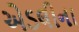
એડલીના